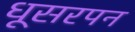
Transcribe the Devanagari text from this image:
धूसरपन